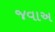
જવાઅ